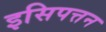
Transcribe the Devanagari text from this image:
इसिपत्तन